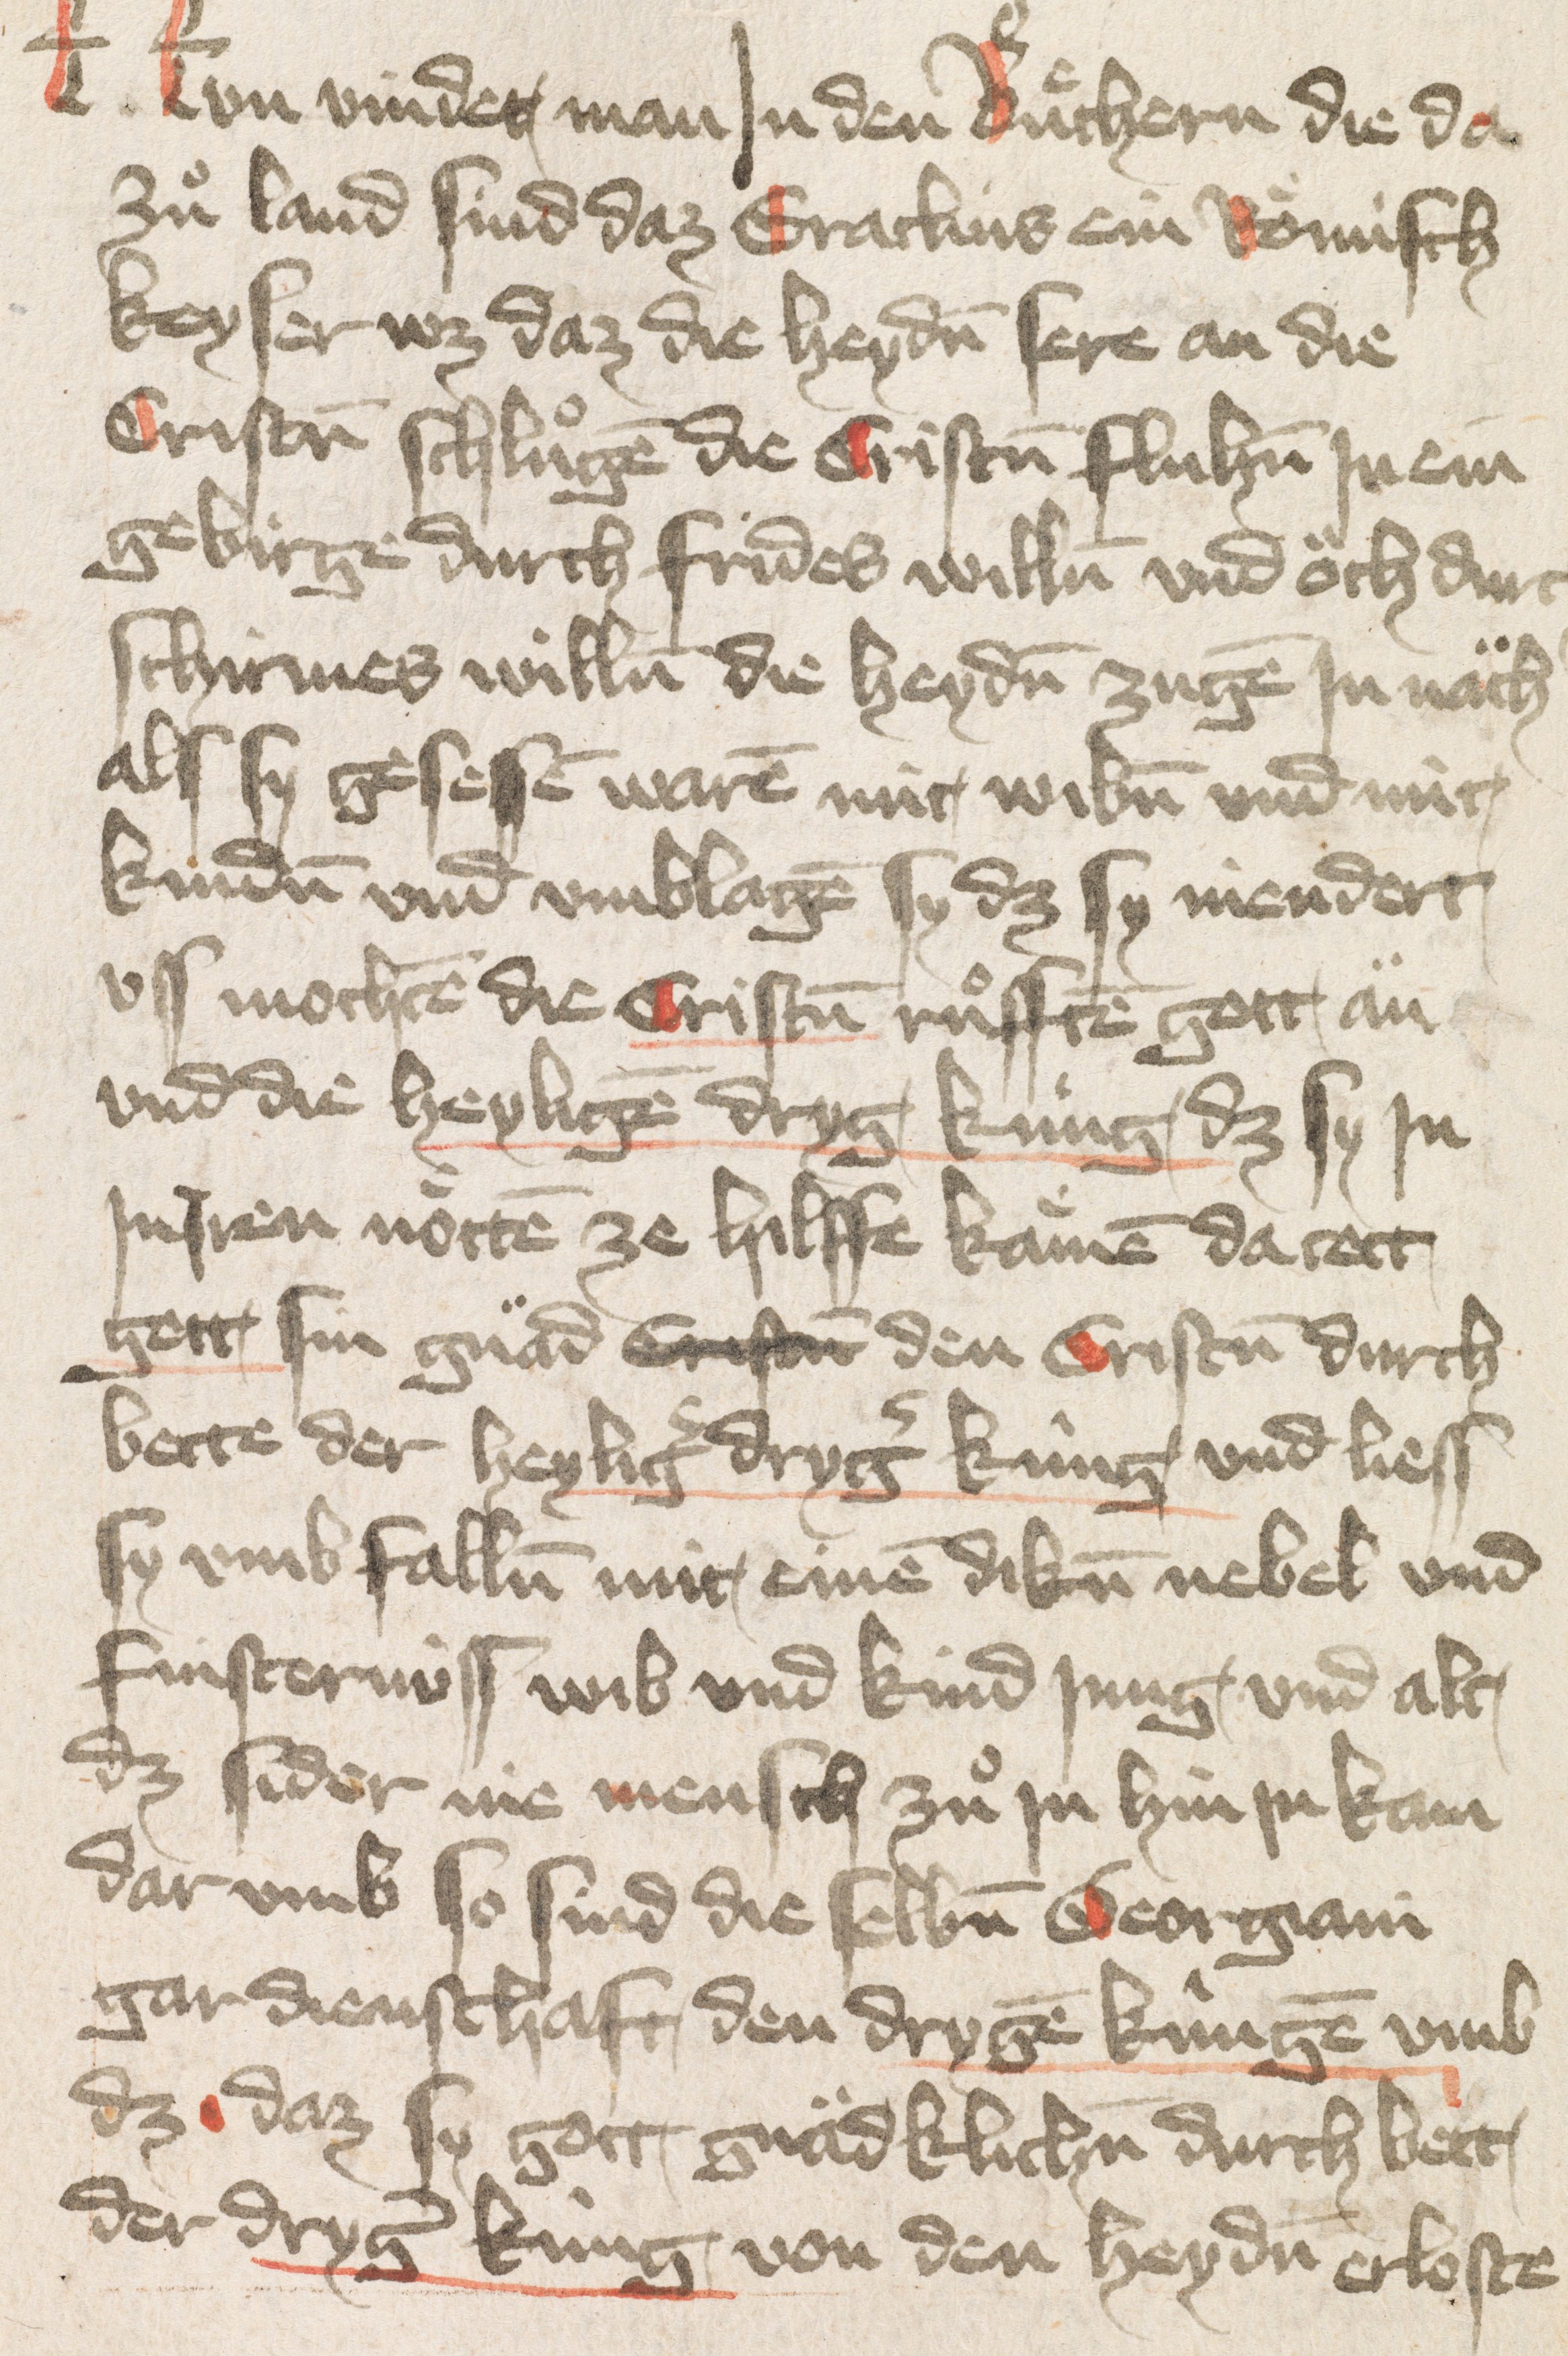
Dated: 1400–1424